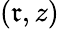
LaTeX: (\mathfrak{r},z)